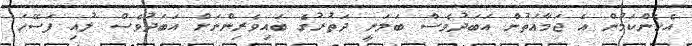
އެހެންކަމުން އެ ޖަމާޢަތުން އަބަދުވެސް ބަލަނީ ދަތުރުގެ ބައިވެރިންނަށް އަބަދުވެސް ލުއި ފަސޭހަ